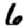
Digit: 6